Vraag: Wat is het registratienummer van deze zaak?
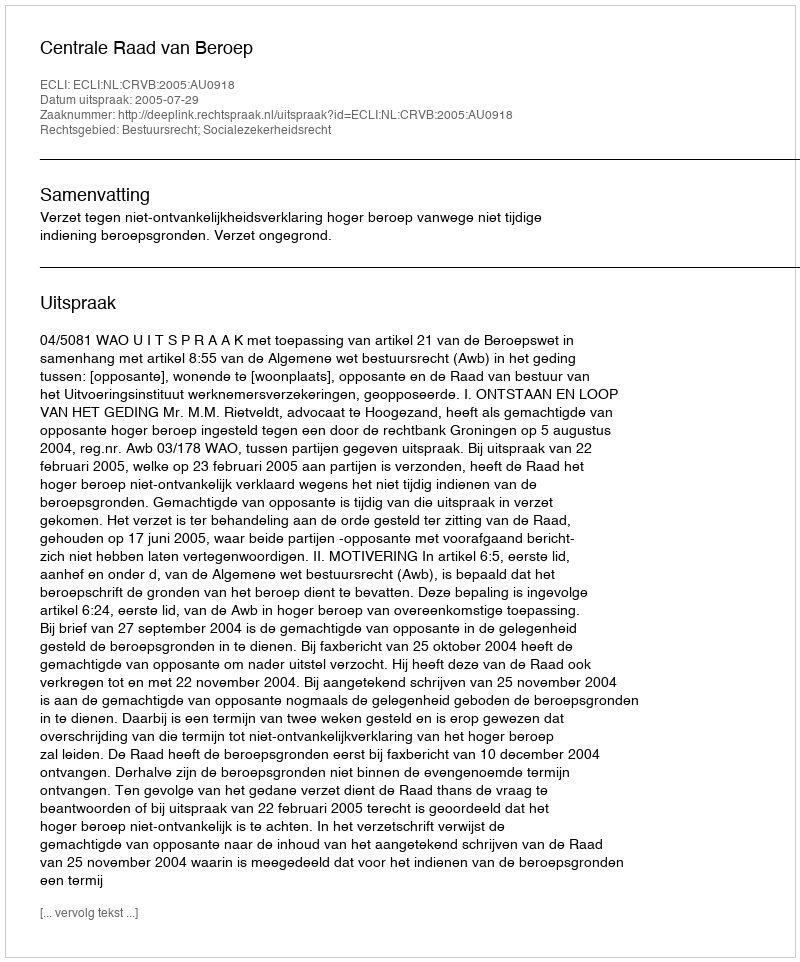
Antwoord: http://deeplink.rechtspraak.nl/uitspraak?id=ECLI:NL:CRVB:2005:AU0918